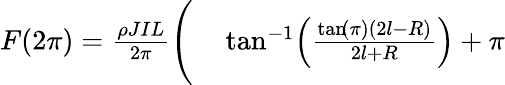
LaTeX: \begin{array}{rl}{F(2\pi)=\frac{\rho JIL}{2\pi}\Bigg(}&{{}\tan^{-1}\! \left(\frac{\tan\! \left(\pi\right)\left(2l-R\right)}{2l+R}\right)+\pi}\end{array}